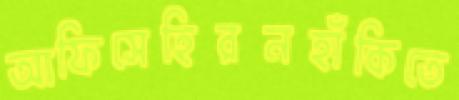
আফিসেহিরনহাঁকিতে